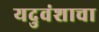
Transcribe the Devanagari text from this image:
यदुवंशाचा